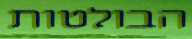
הבולטות